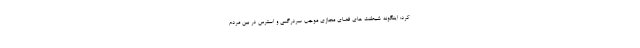
کرد: اینگونه شیطنت های فضای مجازی موجب سردرگمی و استرس در بین مردم